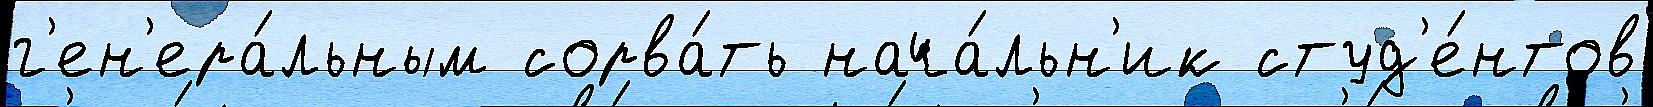
г'ен'ера́льным сорва́ть нача́льн'ик студ'е́нтов